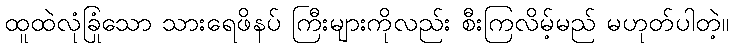
ထူထဲလုံခြုံသော သားရေဖိနပ် ကြီးများကိုလည်း စီးကြလိမ့်မည် မဟုတ်ပါတဲ့။